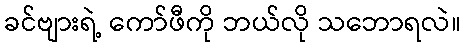
ခင်ဗျားရဲ့ ကော်ဖီကို ဘယ်လို သဘောရလဲ။